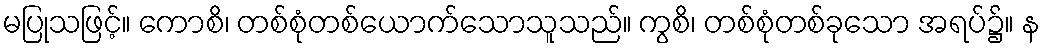
မပြုသဖြင့်။ ကောစိ၊ တစ်စုံတစ်ယောက်သောသူသည်။ ကွစိ၊ တစ်စုံတစ်ခုသော အရပ်၌။ န